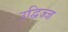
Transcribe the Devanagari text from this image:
उद्विज्ज